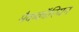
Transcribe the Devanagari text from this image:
मैककॉरियन